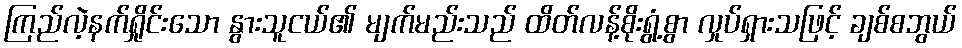
ကြည်လဲ့နက်ရှိုင်းသော နွားသူငယ်၏ မျက်မည်းသည် ထိတ်လန့်စိုးရွံ့စွာ လှုပ်ရှားသဖြင့် ချစ်စဘွယ်